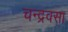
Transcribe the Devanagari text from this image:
चन्द्रवसा